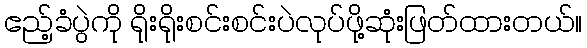
ဧည့်ခံပွဲကို ရိုးရိုးစင်းစင်းပဲလုပ်ဖို့ဆုံးဖြတ်ထားတယ်။